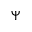
\Psi